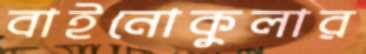
বাইনোকুলার